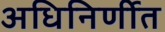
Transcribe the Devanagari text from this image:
अधिनिर्णीत